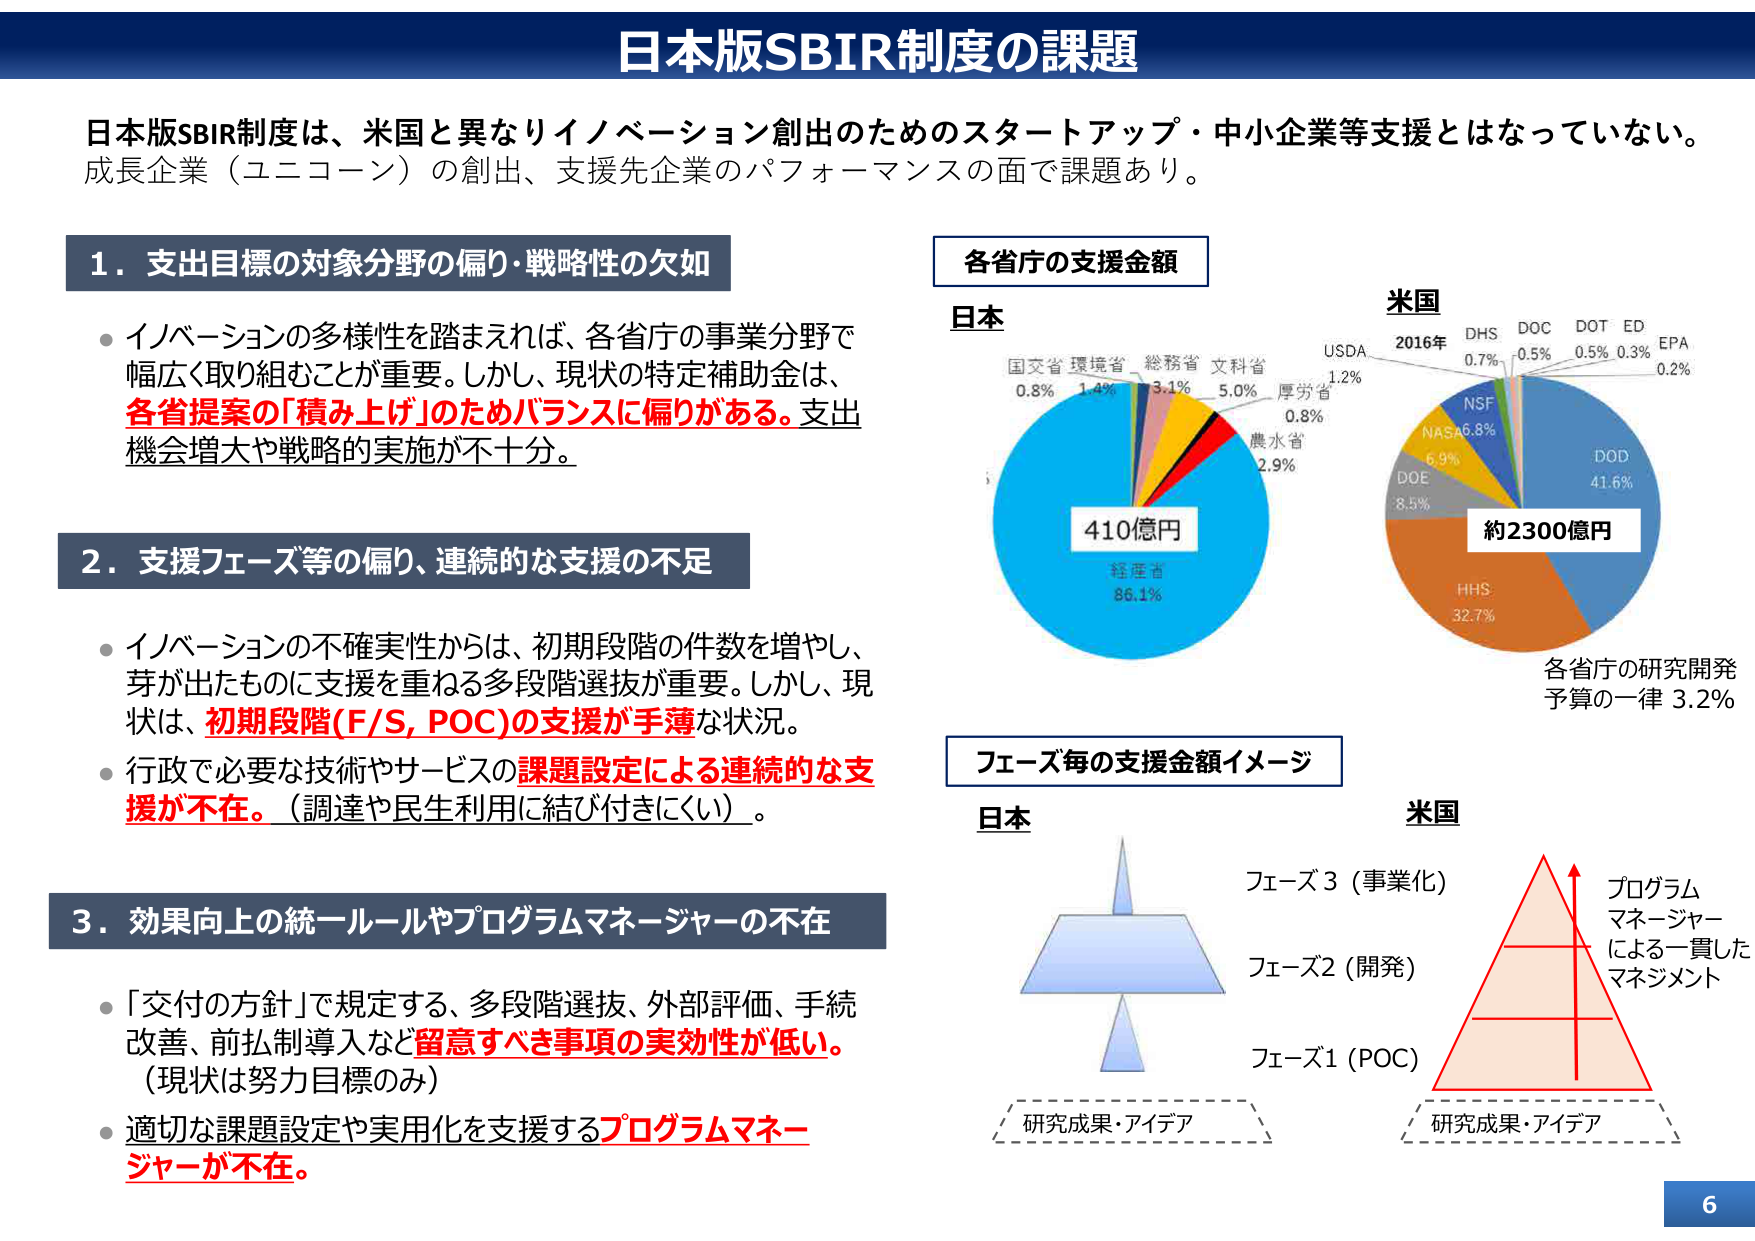
日本版SBIR制度の課題

日本版SBIR制度は、米国と異なりイノベーション創出のためのスタートアップ・中小企業等支援とはなっていない。成長企業（ユニコーン）の創出、支援先企業のパフォーマンスの面で課題あり。

1．支出目標の対象分野の偏り・戦略性の欠如
・イノベーションの多様性を踏まえれば、各省庁の事業分野で幅広く取り組むことが重要。しかし、現状の特定補助金は、各省提案の「積み上げ」のためバランスに偏りがある。支出機会増大や戦略的実施が不十分。

2．支援フェーズ等の偏り、連続的な支援の不足
・イノベーションの不確実性からは、初期段階の件数を増やし、芽が出たものに支援を重ねる多段階選抜が重要。しかし、現状は、初期段階(F/S, POC)の支援が手薄な状況。
・行政で必要な技術やサービスの課題設定による連続的な支援が不在。（調達や民生利用に結び付きにくい）。

3．効果向上の統一ルールやプログラムマネージャーの不在
・「交付の方針」で規定する、多段階選抜、外部評価、手続改善、前払制導入など留意すべき事項の実効性が低い。（現状は努力目標のみ）
・適切な課題設定や実用化を支援するプログラムマネージャーが不在。

各省庁の支援金額
日本
国交省 0.8%
環境省 1.4%
総務省 3.1%
文科省 5.0%
厚労省 0.8%
農水省 2.9%
経産省 86.1%
410億円

米国
2016年
USDA 1.2%
DHS 0.7%
DOC 0.5%
DOT 0.5%
ED 0.3%
EPA 0.2%
NSF 6.8%
NASA 6.9%
DOE 8.5%
DOD 41.6%
HHS 32.7%
約2300億円
各省庁の研究開発予算の一律 3.2%

フェーズ毎の支援金額イメージ
日本
フェーズ3（事業化）
フェーズ2（開発）
フェーズ1（POC）
研究成果・アイデア

米国
プログラムマネージャーによる一貫したマネジメント
研究成果・アイデア

6